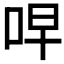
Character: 𫩭